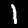
Digit: 1